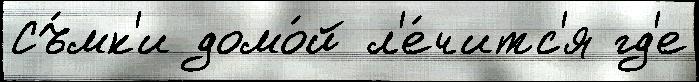
Съ́мк'и домо́й л'е́читс'я гд'е